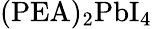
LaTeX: \mathrm{(PEA)_{2}PbI_{4}}